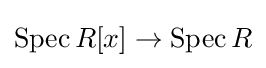
\operatorname {Spec} R[x]\to \operatorname {Spec} R